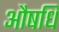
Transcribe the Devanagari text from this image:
औषधि